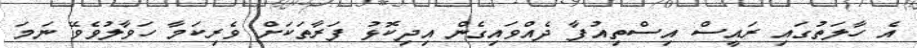
އެ ހާލަތުގައި ރައީސް އިސްތިއުފާ ދެއްވައިގެން އިދިކޮޅު ފަރާތަކަށް ވެރިކަމާ ހަވާލުވެވޭ ނަމަ